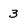
Character: 3